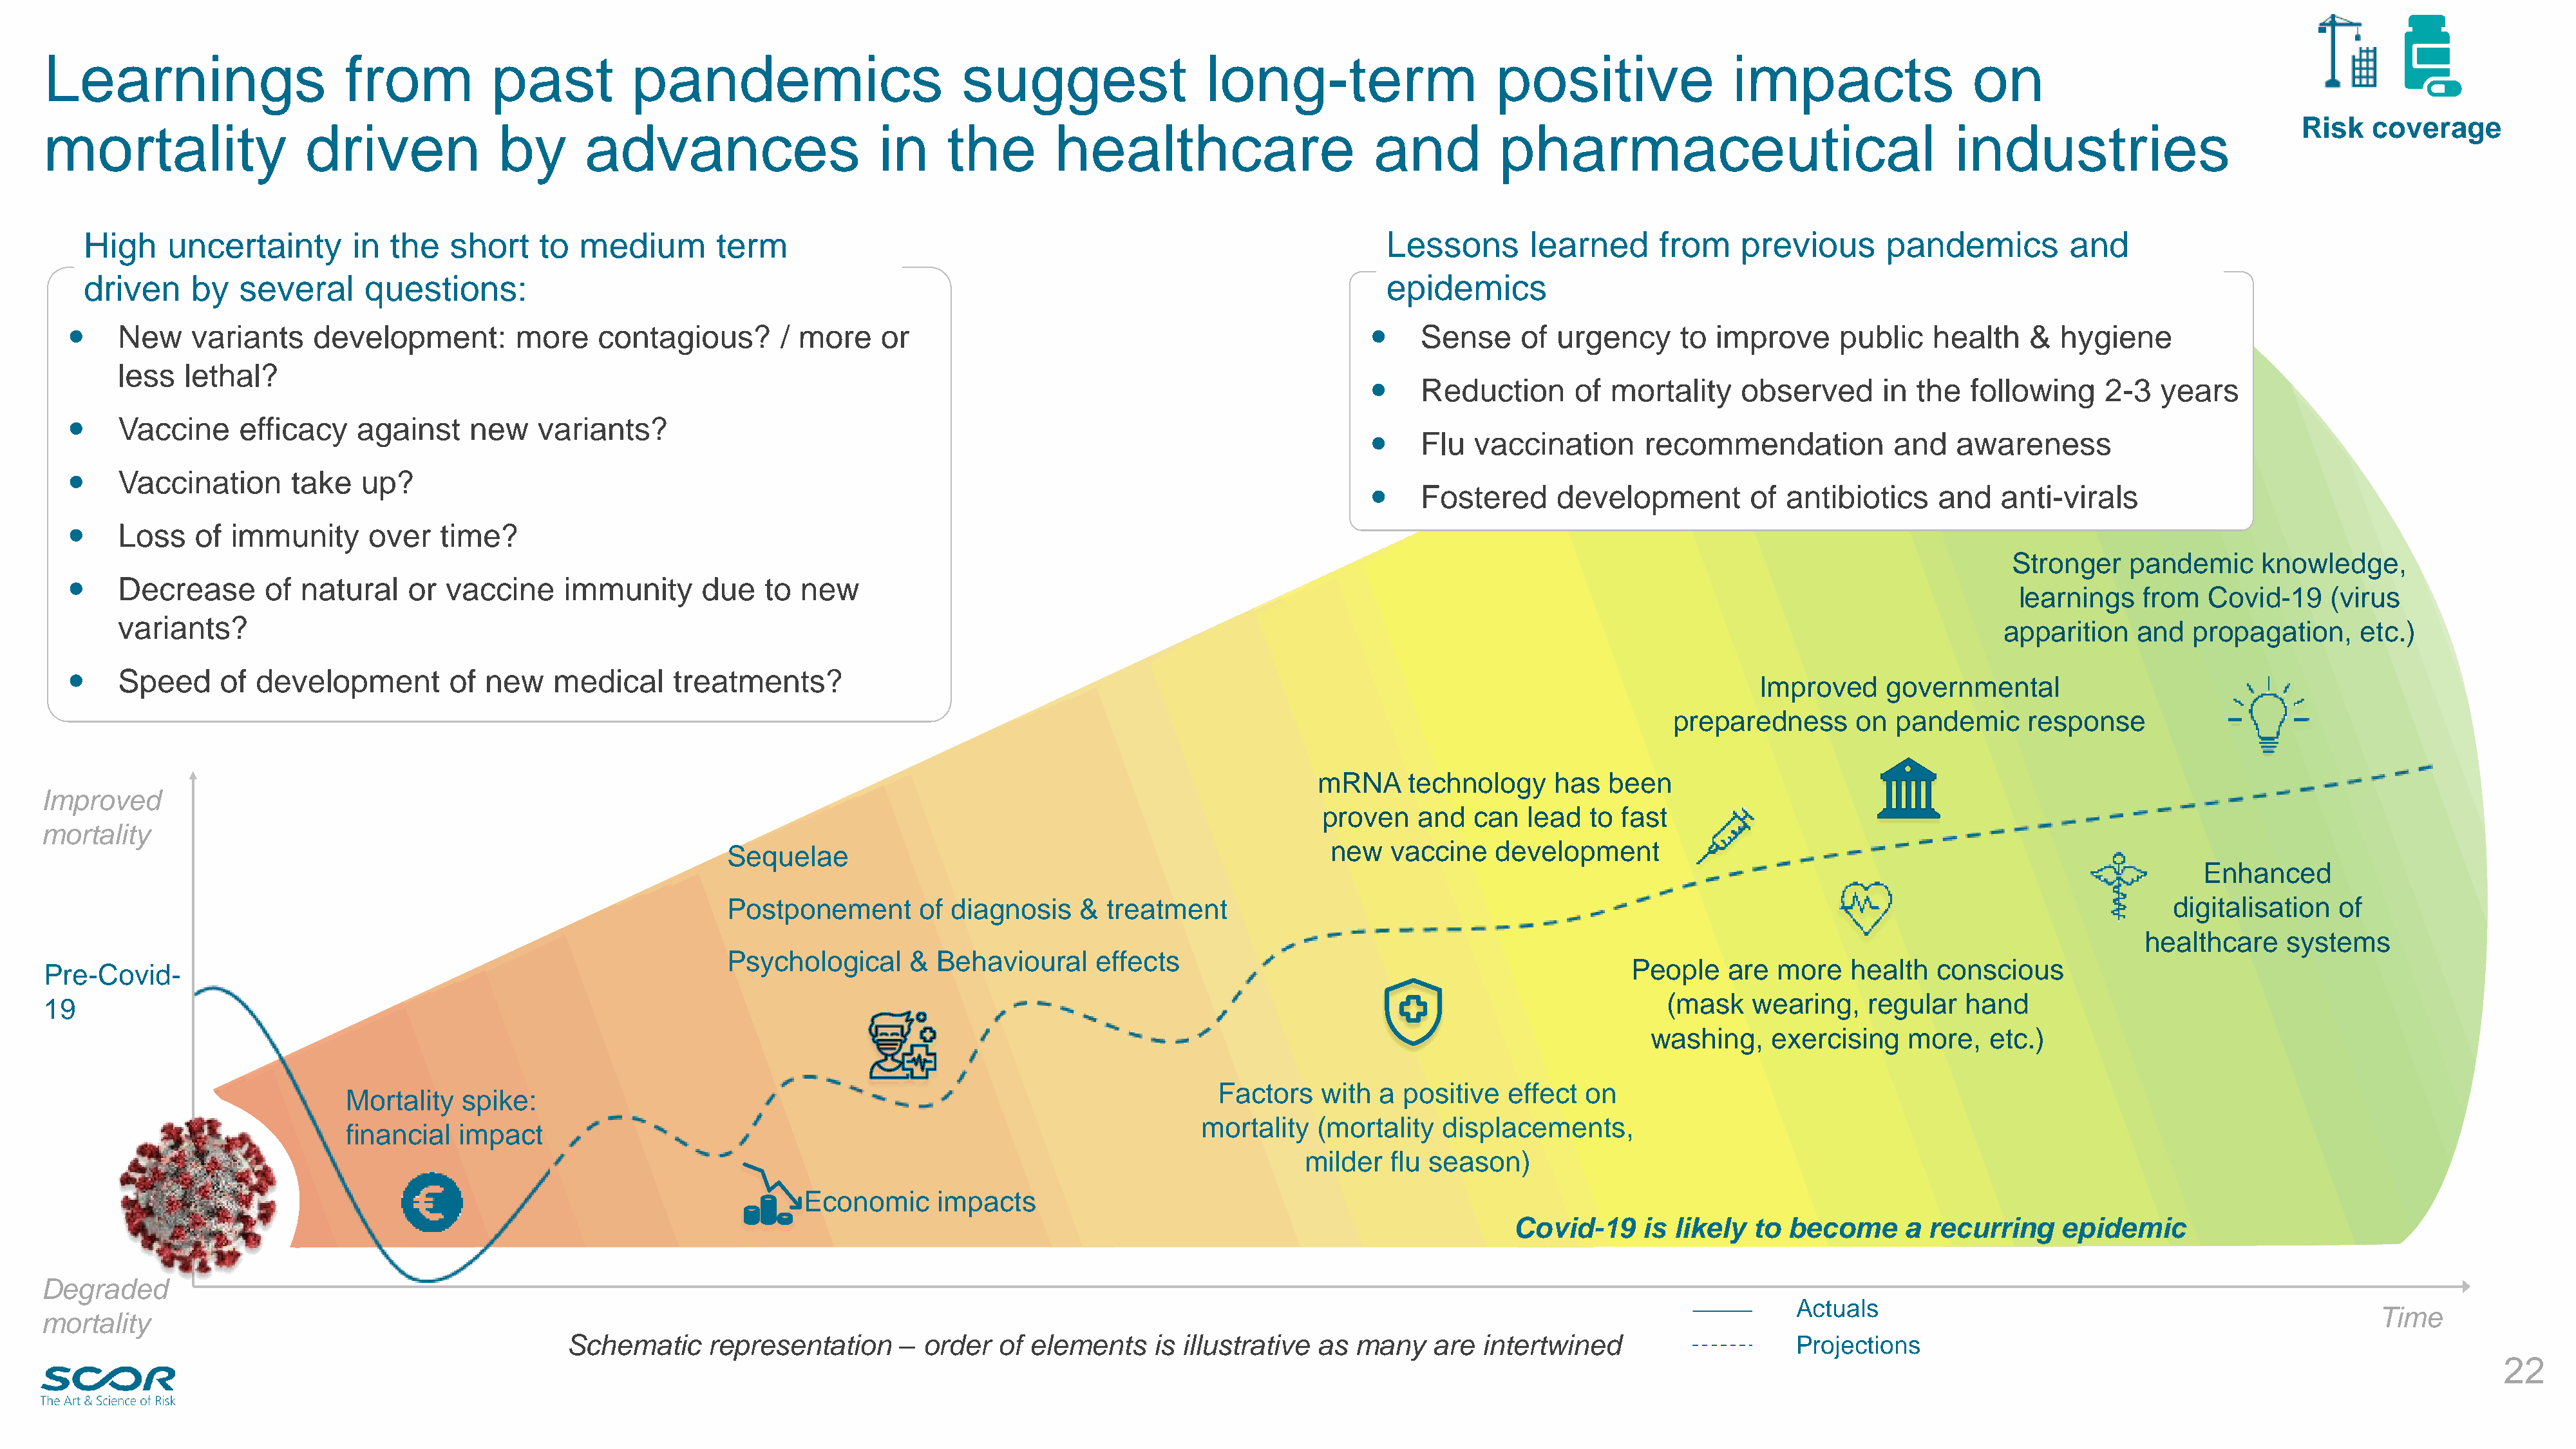
Learnings                      from            past          pandemics                         suggest                  long-term                     positive                impacts                  on
 Risk   coverage
 mortality                  driven              by       advances                      in     the        healthcare                       and          pharmaceutical                                 industries
 High    uncertainty        in  the   short    to   medium        term                                                                Lessons        learned       from    previous       pandemics          and
 driven     by   several     questions:                                                                                               epidemics
     New     variants    development:         more    contagious?        / more     or                                                    Sense     of  urgency      to improve      public    health    &  hygiene
 less   lethal?
     Reduction       of  mortality    observed      in  the  following     2-3   years
     Vaccine      efficacy    against    new    variants?
     Flu  vaccination       recommendation            and   awareness
     Vaccination       take   up?
     Fostered      development         of  antibiotics    and    anti-virals
     Loss    of  immunity      over   time?
 Stronger    pandemic     knowledge,
     Decrease       of  natural    or  vaccine     immunity      due    to new
 learnings    from   Covid-19     (virus
 variants?
 apparition    and  propagation,      etc.)
     Speed      of development         of  new    medical     treatments?
 Improved     governmental
 preparedness       on  pandemic     response
 mRNA      technology     has  been
 Improved
 proven    and  can   lead  to  fast
 mortality
 new   vaccine    development
 Sequelae
 Enhanced
 Postponement        of diagnosis    &  treatment                                                                                                    digitalisation   of
 healthcare     systems
 Psychological      & Behavioural      effects
 People    are  more   health   conscious
 Pre-Covid-
 (mask    wearing,    regular   hand
 19
 washing,    exercising    more,   etc.)
 Factors    with  a positive   effect  on
 Mortality  spike:
 mortality   (mortality   displacements,
 financial  impact
 milder   flu season)
 COVID
 Economic     impacts
 Covid-19     is likely  to  become      a recurring     epidemic
 Degraded
 Actuals
 Time
 mortality
 Schematic      representation     –  order   of elements     is illustrative as  many    are  intertwined                      Projections
 22